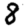
Digit: 8